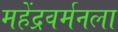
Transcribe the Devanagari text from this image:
महेंद्रवर्मनला